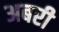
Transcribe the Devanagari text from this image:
अबरी